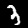
Label: 3